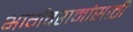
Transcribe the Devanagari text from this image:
भार्गवरामांसाठी